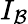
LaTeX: I_{\mathcal{B}}